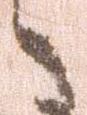
々